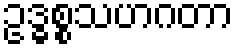
ဥဒ္ဓစ္စသဟဂတာ